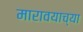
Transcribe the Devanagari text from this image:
मारावयाच्या